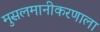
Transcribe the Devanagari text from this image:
मुसलमानीकरणाला